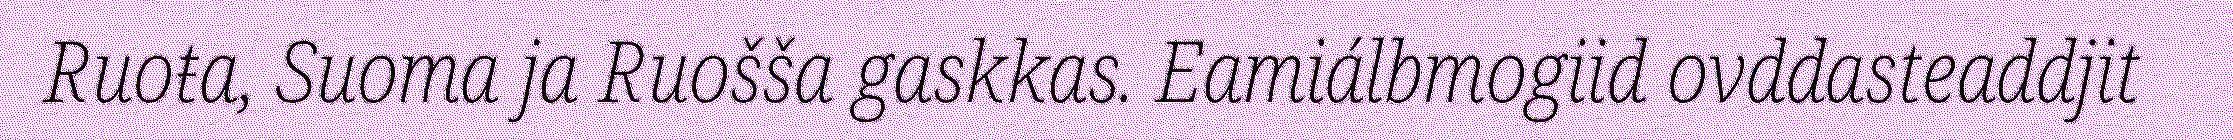
Ruoŧa, Suoma ja Ruošša gaskkas. Eamiálbmogiid ovddasteaddjit